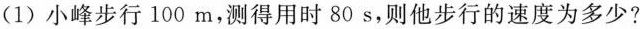
(1)小峰步行100m，测得用时80s，则他步行的速度为多少?